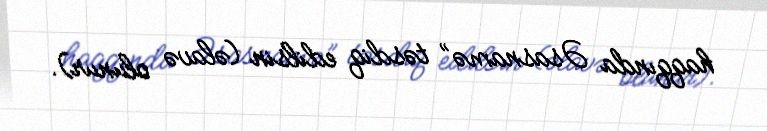
haqqında Əsasnamə” təsdiq edilsin (əlavə olunur).